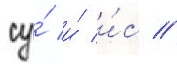
су́ и́ и́с //